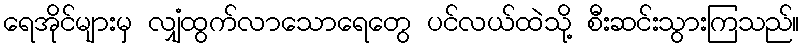
ရေအိုင်များမှ လျှံထွက်လာသောရေတွေ ပင်လယ်ထဲသို့ စီးဆင်းသွားကြသည်။